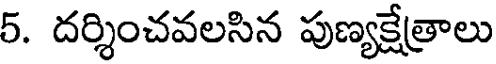
5. దర్శించవలసిన పుణ్యక్షేత్రాలు